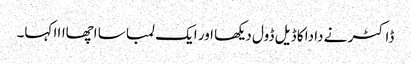
ڈاکٹر نے دادا کا ڈیل ڈول دیکھا اور ایک لمبا سا اچھاااا کہا۔